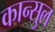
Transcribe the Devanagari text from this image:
कान्सुल